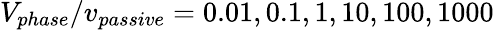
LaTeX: V_{phase}/v_{passive}=0.01,0.1,1,10,100,1000